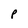
Character: P